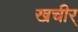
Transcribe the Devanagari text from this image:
खचीर्